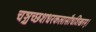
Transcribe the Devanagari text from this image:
चञ्चच्छशधरकलासौधशिखरम्।